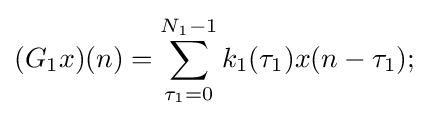
(G_{1}x)(n)=\sum _{\tau _{1}=0}^{N_{1}-1}k_{1}(\tau _{1})x(n-\tau _{1});